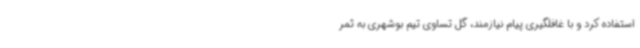
استفاده کرد و با غافلگیری پیام نیازمند، گل تساوی تیم بوشهری به ثمر